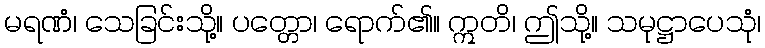
မရဏံ၊ သေခြင်းသို့။ ပတ္တော၊ ရောက်၏။ ဣတိ၊ ဤသို့။ သမုဋ္ဌာပေသုံ၊